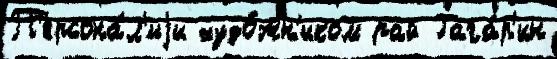
П'ерсона́л'иjи худо́жн'иком рай Гага́р'ин